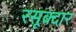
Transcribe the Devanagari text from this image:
रसूक्दार